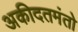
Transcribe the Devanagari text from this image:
अकीदतमंतो